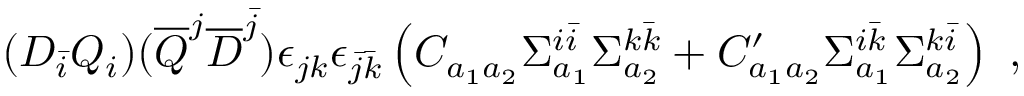
( D _ { \bar { i } } Q _ { i } ) ( { \overline { { Q } } } ^ { j } { \overline { { D } } } ^ { \bar { j } } ) \epsilon _ { j k } \epsilon _ { { \bar { j } } { \bar { k } } } \left( C _ { a _ { 1 } a _ { 2 } } \Sigma _ { a _ { 1 } } ^ { i { \bar { i } } } \Sigma _ { a _ { 2 } } ^ { k { \bar { k } } } + C _ { a _ { 1 } a _ { 2 } } ^ { \prime } \Sigma _ { a _ { 1 } } ^ { i { \bar { k } } } \Sigma _ { a _ { 2 } } ^ { k { \bar { i } } } \right) ~ ,